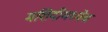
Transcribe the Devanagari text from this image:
मशिदीमध्येच